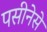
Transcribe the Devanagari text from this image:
पसीनेसे